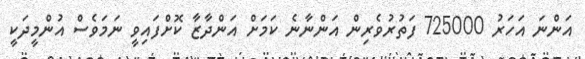
އަންނަ އަހަރު 725000 ފަތުރުވެރިން އަންނާނެ ކަމަށް އަންދާޒާ ކޮށްފައިވީ ނަމަވެސް އުންމީދަކީ